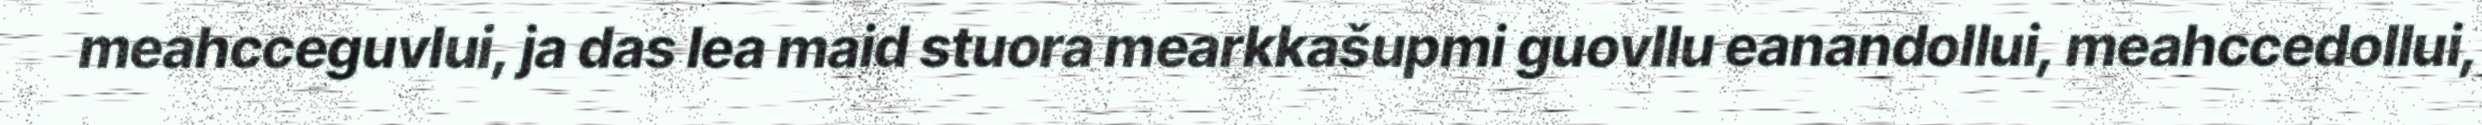
meahcceguvlui, ja das lea maid stuora mearkkašupmi guovllu eanandollui, meahccedollui,